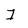
Character: I